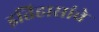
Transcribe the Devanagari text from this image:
इतिहासांचे